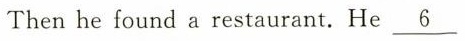
Then he found a restaurant. He \underline{6}